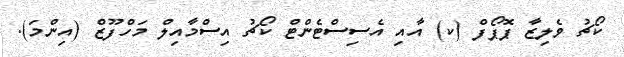
ކޯޗު ވެލިޒާ ޕޮޕޯފް (ކ) އާއި އެސިސްޓެންޓް ކޯޗު އިސްމާއިލް މަހްފޫޒް (އިންމަ).